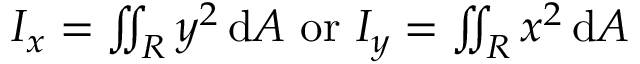
I _ { x } = \textstyle \iint _ { R } y ^ { 2 } \, \mathrm { d } A { \mathrm { ~ o r ~ } } I _ { y } = \textstyle \iint _ { R } x ^ { 2 } \, \mathrm { d } A